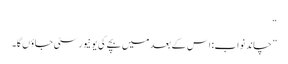
“
”چاند نواب: اس کے بعد میں بچے کی یونیورسٹی جاؤں گا۔